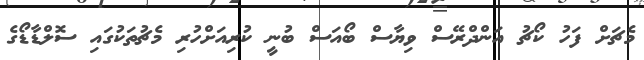
މެޗަށް ފަހު ކޯޗު އަންދްރޭސް ވިޔާސް ބޯއަސް ބުނީ ކުރިއަށްހުރި މެޗުތަކުގައި ސޮލްޑާޑޯގެ